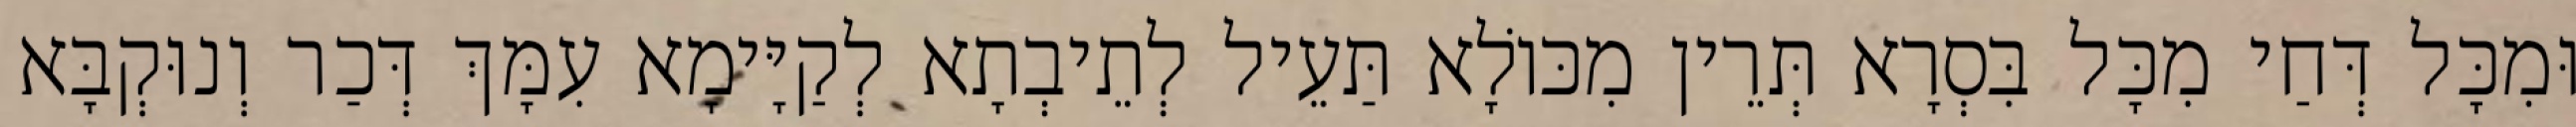
וּמִכָּל דְּחַי מִכָּל בִּסְרָא תְּרֵין מִכּוֹלָא תַּעֵיל לְתֵיבְתָא לְקַיָּימָא עִמָּךְ דְּכַר וְנוּקְבָּא